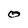
Character: O